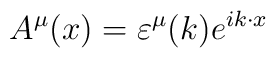
A^{\mu}(x) = \varepsilon^{\mu}(k) e^{ik \cdot x}